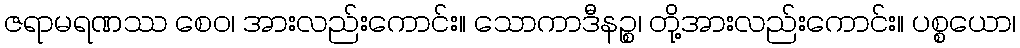
ဇရာမရဏဿ စေဝ၊ အားလည်းကောင်း။ သောကာဒီနဉ္စ၊ တို့အားလည်းကောင်း။ ပစ္စယော၊